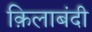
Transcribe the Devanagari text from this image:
क़िलाबंदी